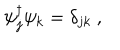
\psi _ { j } ^ { \dagger } \psi _ { k } ^ { } = \delta _ { j k } ~ ,